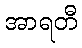
အာရတီ